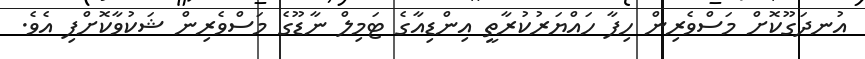
އުނދަގޫކޮށް މަސްވެރިން ހިފާ ހައްޔަރުކުރާތީ އިންޑިއާގެ ޓަމިލް ނާޑޫގެ މަސްވެރިން ޝަކުވާކޮށްފި އެވެ.